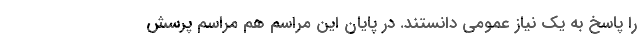
را پاسخ به یک نیازِ عمومی دانستند. در پایان این مراسم هم مراسم پرسش